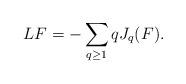
LaTeX: \begin{align*}LF = -\sum_{q \geq 1} q J_q(F).\end{align*}